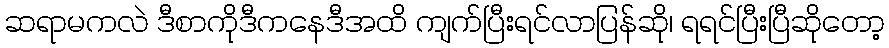
ဆရာမကလဲ ဒီစာကိုဒီကနေဒီအထိ ကျက်ပြီးရင်လာပြန်ဆို၊ ရရင်ပြီးပြီဆိုတော့